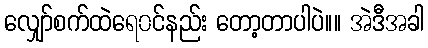
လျှော်စက်ထဲရေ၀င်နည်း တော့တာပါပဲ။။ အဲဒီအခါ